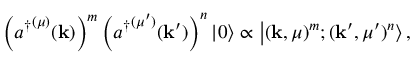
\left( { a ^ { \dagger } } ^ { ( \mu ) } ( \mathbf { k } ) \right) ^ { m } \left( { a ^ { \dagger } } ^ { ( \mu ^ { \prime } ) } ( \mathbf { k } ^ { \prime } ) \right) ^ { n } | 0 \rangle \propto \left| ( \mathbf { k } , \mu ) ^ { m } ; ( \mathbf { k } ^ { \prime } , \mu ^ { \prime } ) ^ { n } \right\rangle ,